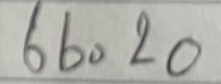
66 = 20